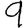
Digit: 9